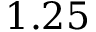
1 . 2 5